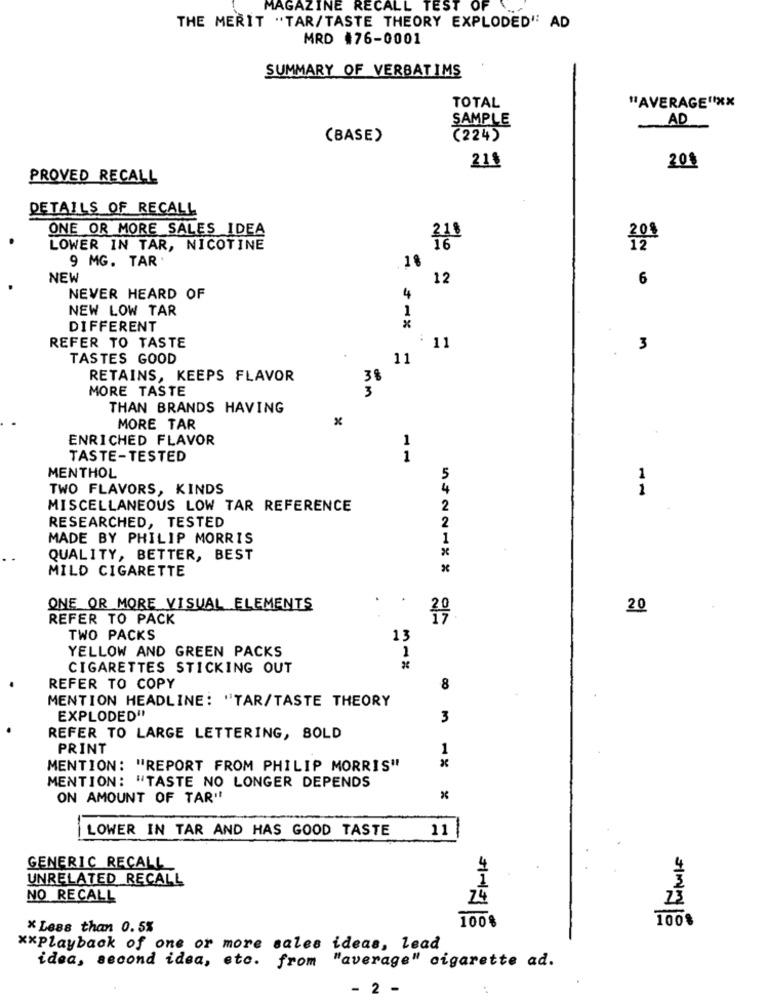
MAGAZINE RECALL TEST OF
THE MERIT "TAR/TASTE THEORY EXPLODED" AD
MRD #76-0001
SUMMARY OF VERBATIMS
TOTAL
"AVERAGE" **
SAMPLE
AD
(BASE)
(224)
21%
201
PROVED RECALL
DETAILS OF RECALL
ONE OR MORE SALES IDEA
210
LOWER IN TAR, NICOTINE
9 MG. TAR'
18
NEW
12
6
NEVER HEARD OF
4
NEW LOW TAR
1
DIFFERENT
REFER TO TASTE
11
3
TASTES GOOD
11
RETAINS, KEEPS FLAVOR
38
MORE TASTE
3
THAN BRANDS HAVING
MORE TAR
ENRICHED FLAVOR
TASTE-TESTED
11
MENTHOL
1
TWO FLAVORS, KINDS
1
MISCELLANEOUS LOW TAR REFERENCE
2
RESEARCHED, TESTED
2
MADE BY PHILIP MORRIS
1
QUALITY, BETTER, BEST
MILD CIGARETTE
ONE OR MORE VISUAL ELEMENTS
20
REFER TO PACK
TWO PACKS
13
YELLOW AND GREEN PACKS
1
CIGARETTES STICKING OUT
REFER TO COPY
8
MENTION HEADLINE: "TAR/TASTE THEORY
EXPLODED"
3
REFER TO LARGE LETTERING, BOLD
PRINT
MENTION: "REPORT FROM PHILIP MORRIS"
1%
MENTION: "TASTE NO LONGER DEPENDS
ON AMOUNT OF TAR"
LOWER IN TAR AND HAS GOOD TASTE
11
GENERIC RECALL
UNRELATED RECALL
1
3
NO RECALL
74
23
100%
100%
* Less than 0.5%
** Playback of one or more sales ideas, lead
idea, second idea, etc. from
"average" cigarette ad.
- 2